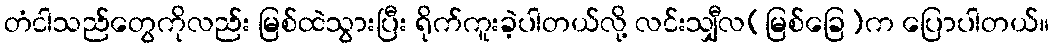
တံငါသည်တွေကိုလည်း မြစ်ထဲသွားပြီး ရိုက်ကူးခဲ့ပါတယ်လို့ လင်းသျှီလ(မြစ်ခြေ)က ပြောပါတယ်။